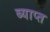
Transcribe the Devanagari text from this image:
ब्याप्त